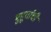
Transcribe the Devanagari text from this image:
मुहूर्ताची